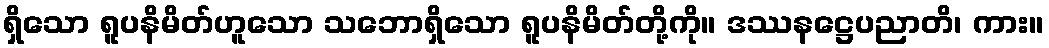
ရှိသော ရူပနိမိတ်ဟူသော သဘောရှိသော ရူပနိမိတ်တို့ကို။ ဒဿနဋ္ဌေပညာတိ၊ ကား။